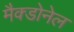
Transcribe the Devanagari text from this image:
मैक्डोनेल